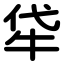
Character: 牮